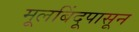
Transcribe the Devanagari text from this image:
मूलबिंदूपासून